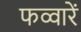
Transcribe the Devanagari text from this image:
फव्वारें